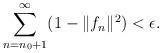
LaTeX: \begin{align*}\sum_{n=n_0+1}^{\infty}(1-\|f_n\|^2)<\epsilon.\end{align*}